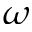
\omega